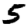
Digit: 5